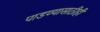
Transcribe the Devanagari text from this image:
पाडण्यासाठीही